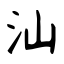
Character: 汕